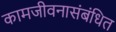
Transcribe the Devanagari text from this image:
कामजीवनासंबंधित